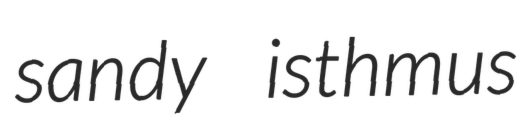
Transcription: sandy isthmus